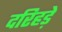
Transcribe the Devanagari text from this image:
दरिहड़े